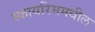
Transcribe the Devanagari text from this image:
स्कायरिममधील